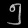
Digit: ၅